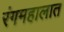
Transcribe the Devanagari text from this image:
रंगमहालात